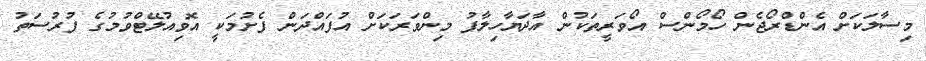
މިސާލަކަށް އެންޑްރޯޖެން ހޯމޯންސް އޯވަރީތަކުން އާދަޔާހިލާފު މިންވަރަކަށް އުފައްދަން ފެށުމަކީ އޮވިއުލޭޓްވުމުގެ ފުރުސަތު